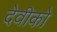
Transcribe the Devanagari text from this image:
देवीको